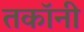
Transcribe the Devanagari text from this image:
तकॉनी